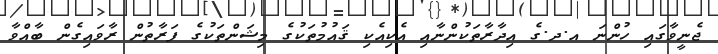
ޖެނީވާގައި ހުންނަ އ.ދ.ގެ އިދާރާތަކުންނާއި އެކިއެކި ޤައުމުތަކުގެ މިޝަންތަކުގެ ފަރާތުން ރާވައިގެން ބާއްވާ